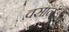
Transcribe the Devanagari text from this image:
वसानं